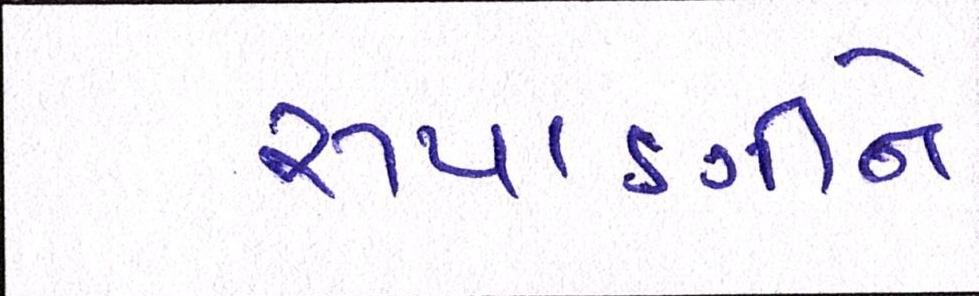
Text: રૂપાણીને